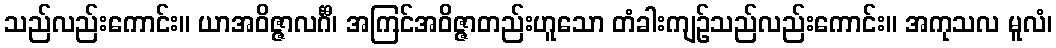
သည်လည်းကောင်း။ ယာအဝိဇ္ဇာလင်္ဂီ၊ အကြင်အဝိဇ္ဇာတည်းဟူသော တံခါးကျဉ်သည်လည်းကောင်း။ အကုသလ မူလံ၊